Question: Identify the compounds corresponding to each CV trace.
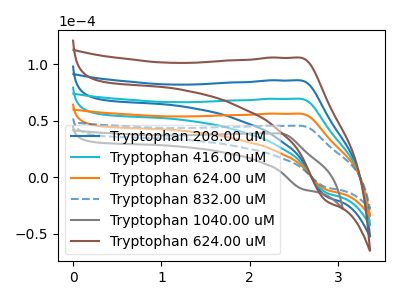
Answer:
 <answer>The blue curve is labeled "Tryptophan 208.00 uM". The cyan curve is labeled "Tryptophan 416.00 uM". The orange curve is labeled "Tryptophan 624.00 uM". The blue dashed curve is labeled "Tryptophan 832.00 uM". The gray curve is labeled "Tryptophan 1040.00 uM". The brown curve is labeled "Tryptophan 624.00 uM".</answer>
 <eval></eval>